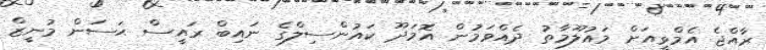
ރާއްޖެ އެމްވީއަށް މައުލޫމާތު ދެއްވަމުން އޮމަދޫ ކައުންސިލްގެ ނައިބް ރައީސް ޙަސަން މުނީޒް